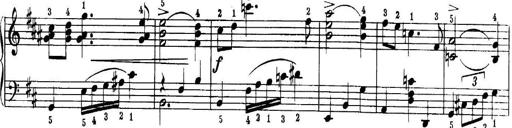
Title: Quatres sonatines
Composer: Tadeusz Joteyko